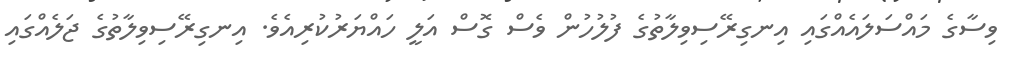
ވިސާގެ މައްސަލައެއްގައި އިނގިރޭސިވިލާތުގެ ފުލުހުން ވެސް ގޮސް އަލީ ހައްޔަރުކުރިއެވެ. އިނގިރޭސިވިލާތުގެ ޖަލެއްގައި